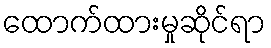
ထောက်ထားမှုဆိုင်ရာ